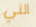
التي